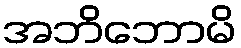
အဘိဘောမိ